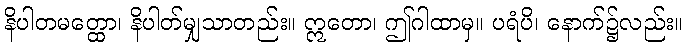
နိပါတမတ္ထော၊ နိပါတ်မျှသာတည်း။ ဣတော၊ ဤဂါထာမှ။ ပရံပိ၊ နောက်၌လည်း။